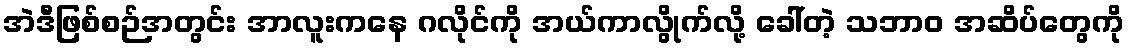
အဲဒီဖြစ်စဉ်အတွင်း အာလူးကနေ ဂလိုင်ကို အယ်ကာလွိုက်လို့ ခေါ်တဲ့ သဘာဝ အဆိပ်တွေကို